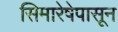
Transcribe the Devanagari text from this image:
सिमारेषेपासून